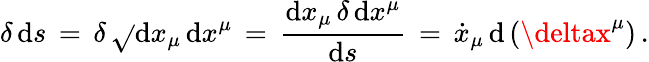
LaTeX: \delta\, \mathrm{d}s\, =\, \delta\, \sqrt{}{{\mathrm{d}x_{\mu}\, \mathrm{d}x^{\mu}}}\, =\, \frac{{\mathrm{d}x_{\mu}\, \delta\, \mathrm{d}x^{\mu}}}{{\mathrm{d}s}}\, =\, \dot{{x}}_{\mu}\, \mathrm{d}\, (\deltax^{\mu})\, {.}